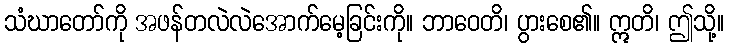
သံဃာတော်ကို အဖန်တလဲလဲအောက်မေ့ခြင်းကို။ ဘာဝေတိ၊ ပွားစေ၏။ ဣတိ၊ ဤသို့။